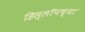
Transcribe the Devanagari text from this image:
हिस्लॉपच्या